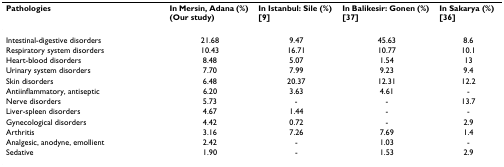
<table><thead><tr><td><b>Pathologies</b></td><td><b>In Mersin, Adana (%) (Our study)</b></td><td><b>In Istanbul: Sile (%) [9]</b></td><td><b>In Balikesir: Gonen (%) [37]</b></td><td><b>In Sakarya (%) [36]</b></td></tr></thead><tbody><tr><td>Intestinal-digestive disorders</td><td>21.68</td><td>9.47</td><td>45.63</td><td>8.6</td></tr><tr><td>Respiratory system disorders</td><td>10.43</td><td>16.71</td><td>10.77</td><td>10.1</td></tr><tr><td>Heart-blood disorders</td><td>8.48</td><td>5.07</td><td>1.54</td><td>13</td></tr><tr><td>Urinary system disorders</td><td>7.70</td><td>7.99</td><td>9.23</td><td>9.4</td></tr><tr><td>Skin disorders</td><td>6.48</td><td>20.37</td><td>12.31</td><td>12.2</td></tr><tr><td>Antiinflammatory, antiseptic</td><td>6.20</td><td>3.63</td><td>4.61</td><td>-</td></tr><tr><td>Nerve disorders</td><td>5.73</td><td>-</td><td>-</td><td>13.7</td></tr><tr><td>Liver-spleen disorders</td><td>4.67</td><td>1.44</td><td>-</td><td>-</td></tr><tr><td>Gynecological disorders</td><td>4.42</td><td>0.72</td><td>-</td><td>2.9</td></tr><tr><td>Arthritis</td><td>3.16</td><td>7.26</td><td>7.69</td><td>1.4</td></tr><tr><td>Analgesic, anodyne, emollient</td><td>2.42</td><td>-</td><td>1.03</td><td>-</td></tr><tr><td>Sedative</td><td>1.90</td><td>-</td><td>1.53</td><td>2.9</td></tr></tbody></table>